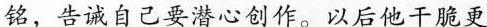
铭，告诫自己要潜心创作。以后他干脆更